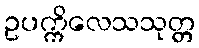
ဥပက္ကိလေသသုတ္တ